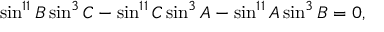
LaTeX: \sin ^ { 1 1 } B \sin ^ { 3 } C - \sin ^ { 1 1 } C \sin ^ { 3 } A - \sin ^ { 1 1 } A \sin ^ { 3 } B = 0 ,